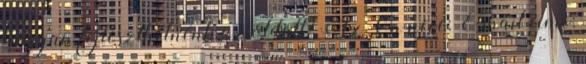
hogyan fejleszthetnénk az oldalt? Az Ön neve: E-mail címe: